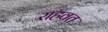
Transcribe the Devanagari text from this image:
राहवत